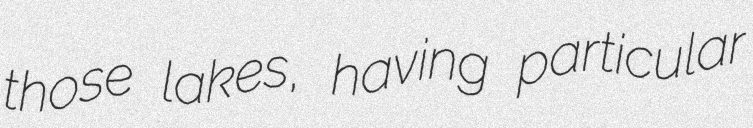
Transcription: those lakes, having particular